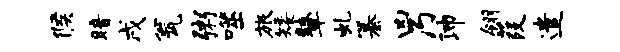
候暗戌瓮粥噬旅矮鼙虬纂凶乃沛翎葭遣